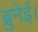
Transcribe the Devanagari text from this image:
ब्रुनेई।